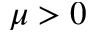
\mu > 0